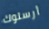
أرسلوك